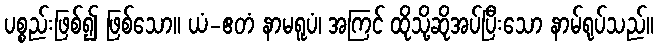
ပစ္စည်းဖြစ်၍ ဖြစ်သော။ ယံ-ဧတံ နာမရူပံ၊ အကြင် ထိုသို့ဆိုအပ်ပြီးသော နာမ်ရုပ်သည်။